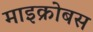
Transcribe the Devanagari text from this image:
माइक्रोबस